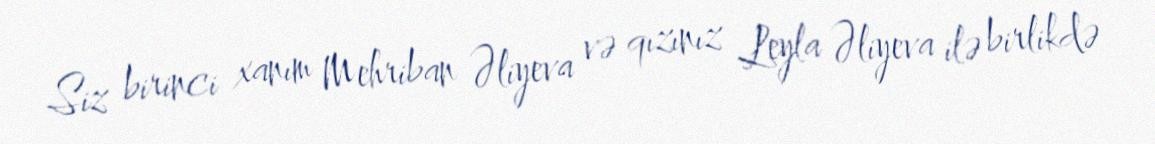
Siz birinci xanım Mehriban Əliyeva və qızınız Leyla Əliyeva ilə birlikdə